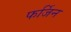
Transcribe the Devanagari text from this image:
फर्जिन